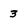
Character: 3